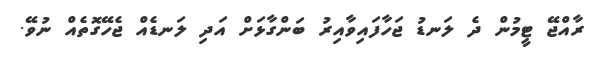
ރާއްޖޭ ޓީމުން ދެ ލަނޑު ޖަހާފައިވާއިރު ބަންގާޅަށް އަދި ލަނޑެއް ޖެހޭގޮތެއް ނުވޭ.